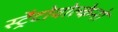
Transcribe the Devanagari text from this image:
स्ट्रैटोवोल्केनो